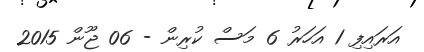
އަރައިފި 1 އަހަރު 6 މަސް ކުރިން - 06 ޖޫން 2015